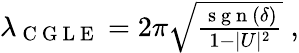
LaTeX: \begin{array}{r}{\lambda_{\mathrm{~C~G~L~E~}}=2\pi\sqrt{\frac{\mathrm{~s~g~n~}(\delta)}{1-|U|^{2}}}\; ,}\end{array}